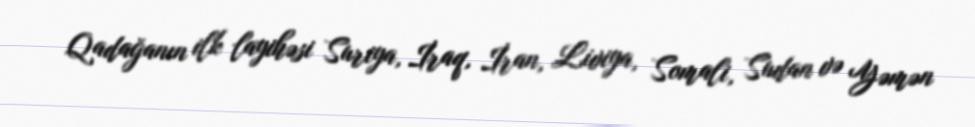
Qadağanın ilk layihəsi Suriya, İraq, İran, Liviya, Somali, Sudan və Yəmən